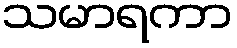
သမာရကာ